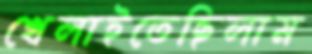
খেলাইতেছিলাম